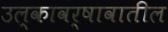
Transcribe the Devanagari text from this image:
उल्कावर्षावातील